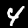
Label: 4